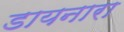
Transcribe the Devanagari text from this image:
डायनारा